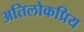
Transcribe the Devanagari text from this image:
अतिलोकप्रिय